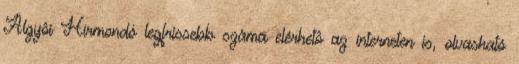
Algyôi Hírmondó legfrissebb száma elérhetô az interneten is, olvasható